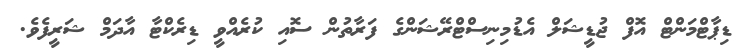
ޑިޕާޓްމަންޓް އޮފް ޖުޑީޝަލް އެޑުމިނިސްޓްރޭޝަންގެ ފަރާތުން ސޮއި ކުރެއްވީ ޑިރެކްޓާ އާދަމް ޝަރީފެވެ.